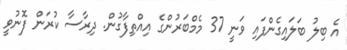
އެ ބިލު ބަލައިގެންފައި ވަނީ 37 މެމްބަރުންގެ އިއްތިފާގުން. ދިރާސާ ކުރަން ފޮނުވީ